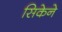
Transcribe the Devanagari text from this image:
सिकेने